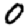
Digit: 0